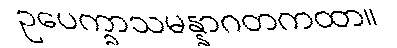
ဥပေက္ခာသမန္နာဂတကထာ။